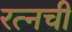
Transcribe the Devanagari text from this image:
रत्‍नची